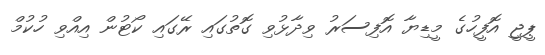
ޕީޖީ އޮފީހުގެ މީޑިޔާ އޮފިސަރު ވިދާޅުވި ގޮތުގައި ރޭގައި ކޯޓުން އިއްވި ހުކުމް